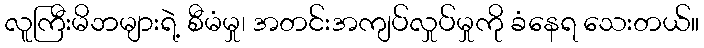
လူကြီးမိဘများရဲ့ စီမံမှု၊ အတင်းအကျပ်လှုပ်မှုကို ခံနေရ သေးတယ်။